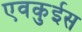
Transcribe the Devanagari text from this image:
एवकुईस